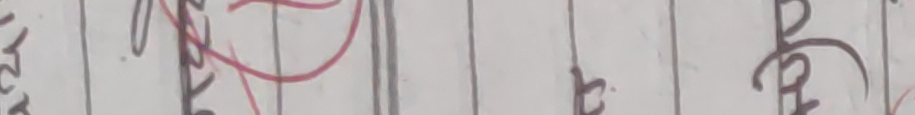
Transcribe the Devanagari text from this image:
त.